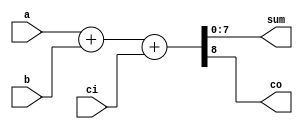
module adder(a, b, ci, sum, co);
  input        ci;
  input  [7:0] a;
  input  [7:0] b;
  output [7:0] sum;
  output       co;
  wire   [8:0] tmp;

  assign tmp = a + b + ci;
  assign sum = tmp [7:0];
  assign co  = tmp [8];
endmodule